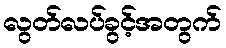
လွတ်လပ်ခွင့်အတွက်